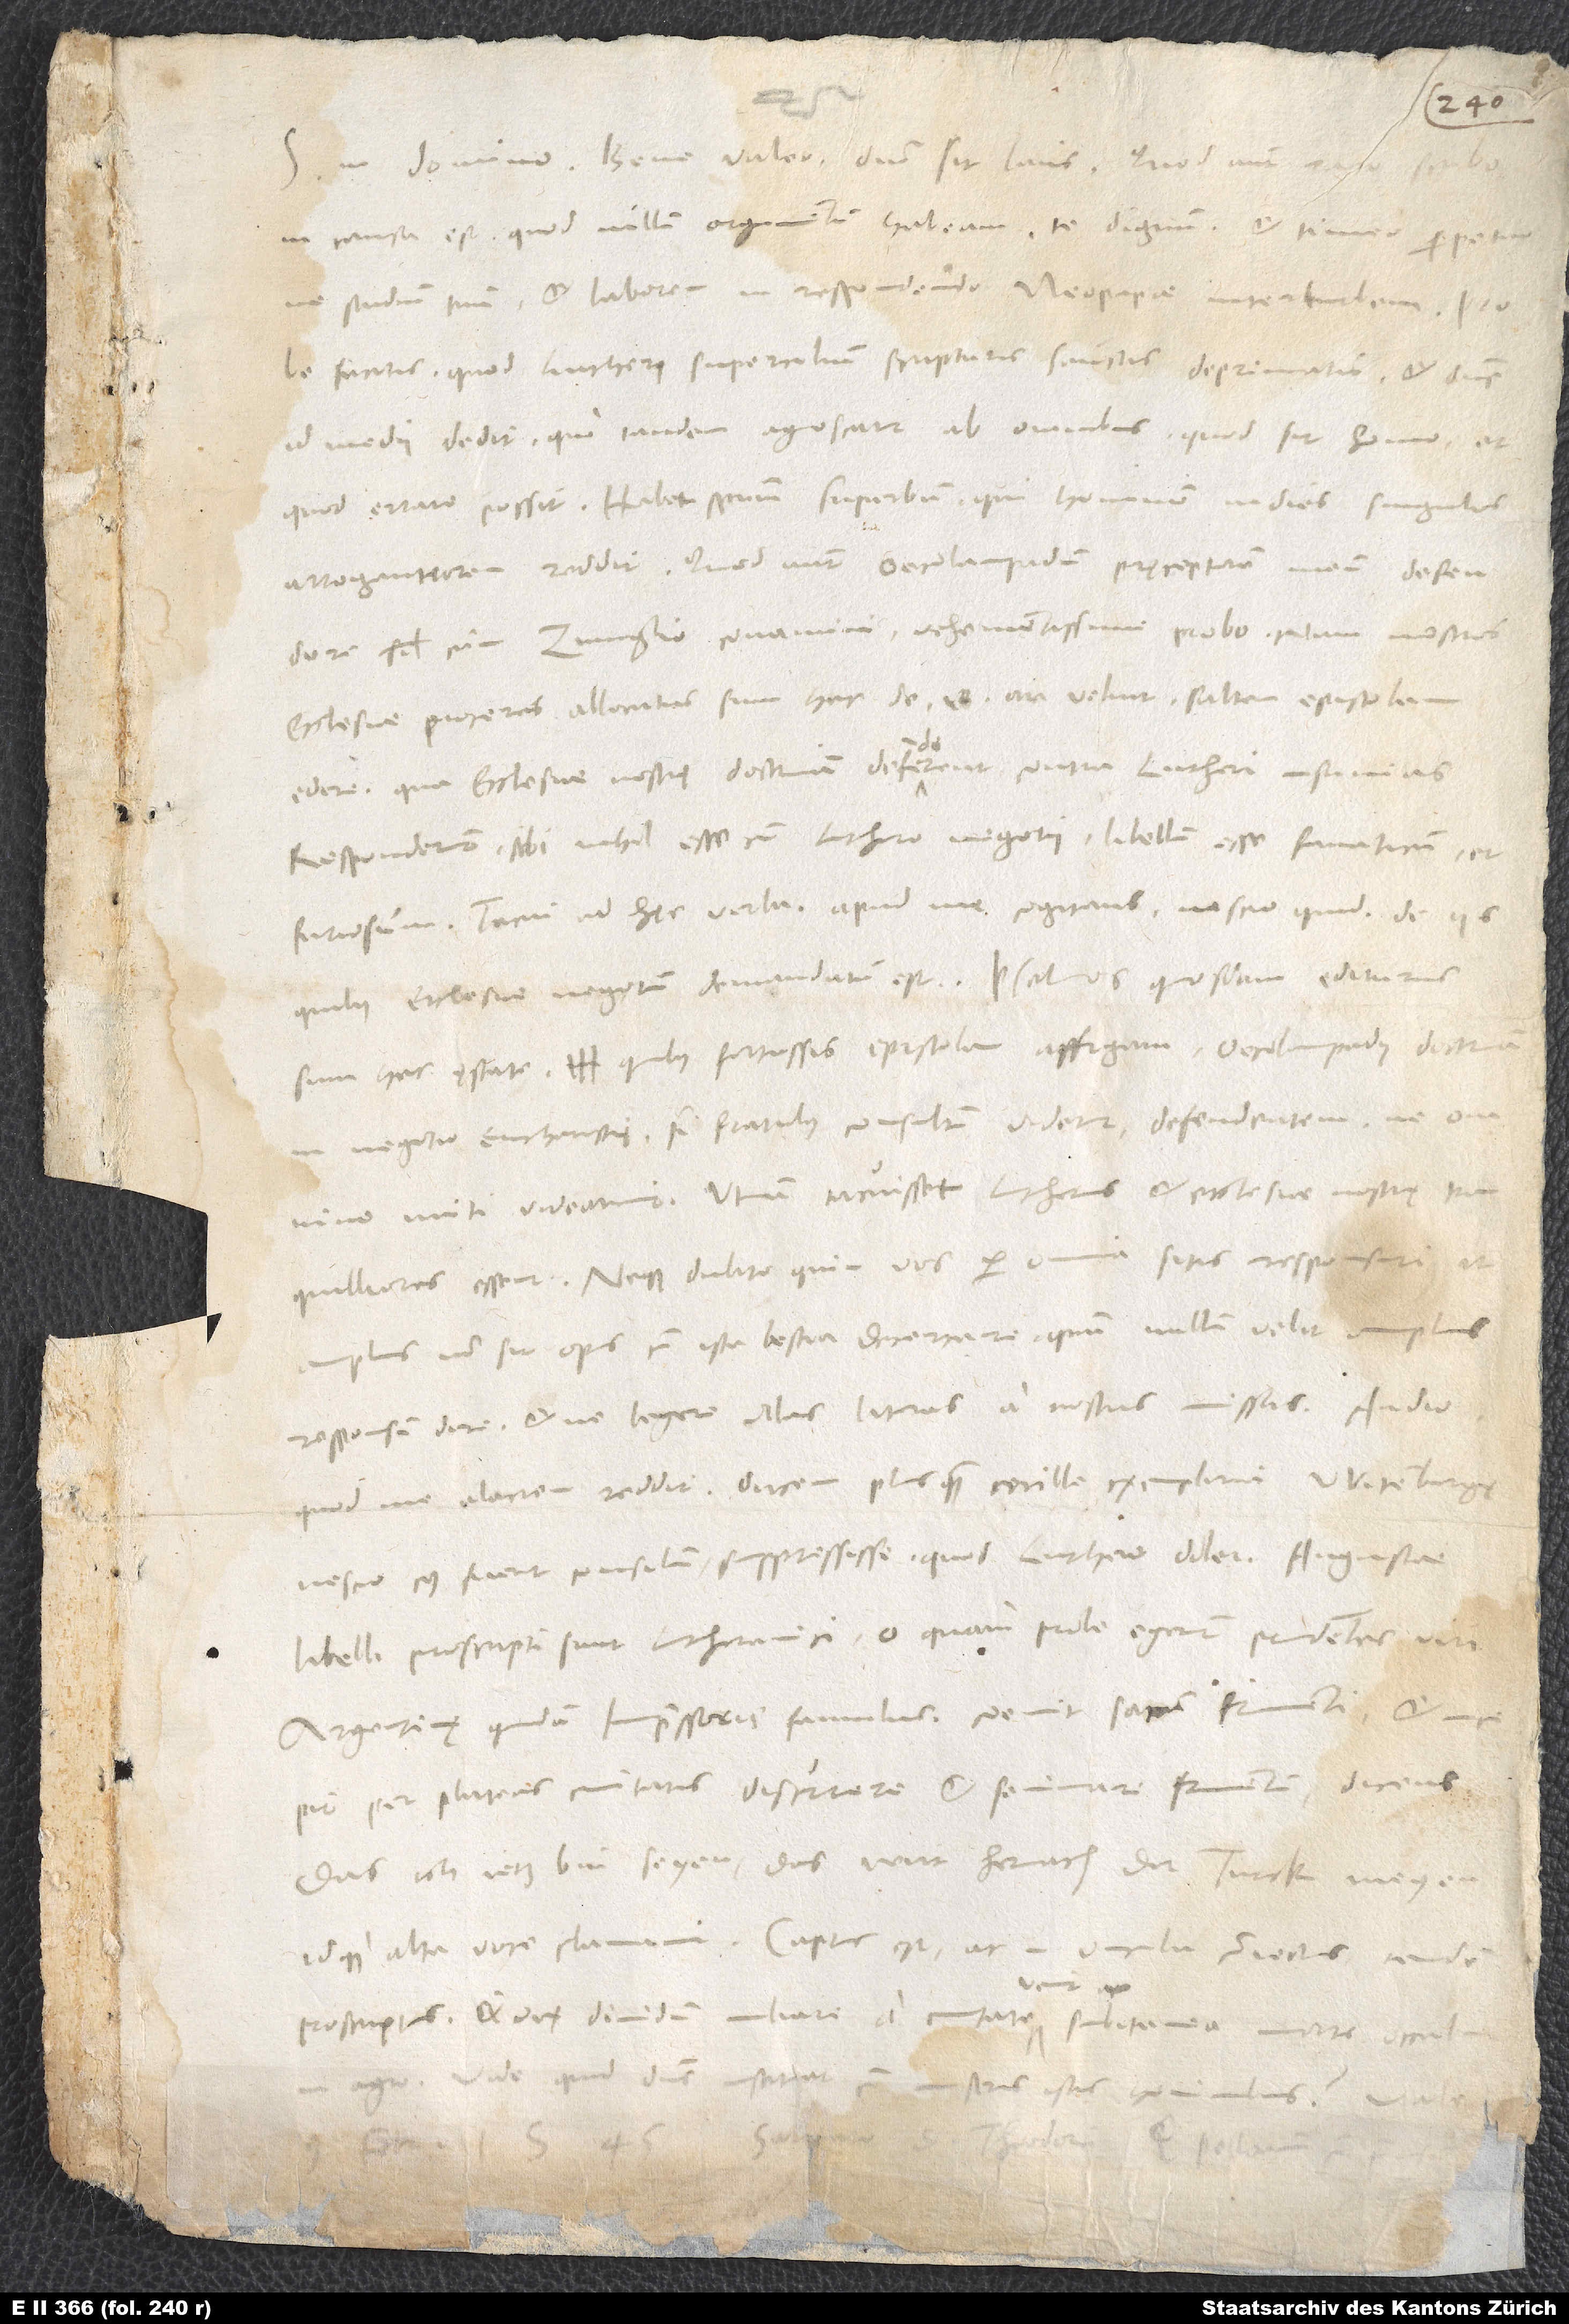
1545.
in causa est, quod nullum argumentum habeam te dignum, et timeo perpetuo,
studium tuum et laborem in respondendo Neopapae interturbem. Probe
facitis, quod Lutheri supercilium scripturis sanctis deprimatis. Et dominus
id medii dedit, quo tandem agnoscatur ab omnibus, quod sit homo et
quod errare possit. Habet spiritum superbum, qui hominem indies singulos
arrogantiorem reddit. Quod autem Oecolampadium, pręceptorem meum, defendere
simul cum Zvinglio conamini, vehementissime probo. Nam nostros
ecclesiae proceres allocutus sum hac de re, an velint saltem epistolam
edere, qua ecclesiae nostrę doctrinam defenderent contra Lutheri insanias.
Responderunt sibi nihil esse cum Luthero negotii, libellum esse fanaticum et
furiosum. Tacui ad hęc verba apud me cogitans nescio quid de iis,
sum hac ęstate, quibus fortassis epistolam affigam Oecolampadii doctrinam
negotio eucharistię, si fratribus consultum videtur, defendentem, ne omnino
tranquilliores essent! Neque dubito, quin vos per omnia sitis responsuri, ut
amplius non sit opus cum ista bestia decertare, quum nullum velit amplius
responsum dare et ne legere illas literas a nostris missas.
quod me alacrem reddit, ducem plusquam mille exemplaria Witembergę
nescio, cuius fuerit consilium - suppressisse, quod Luthero dolet.
libelli proscripti sunt Lutheranici; o quam probe egerunt prudentes viri!
Argentinę quidam impressoris famulus coemit saccum frumenti et incepit
per plateas civitatis discurrere et seminare frumentum dicens:
„Das ich jetz bin seyen, das wirt hernach der Turck meyen“,
proscriptus et vix dimidium miliare a civitate venit ac subitanea morte occubuit
agro. Vide, quid dominus instituat cum nostris istis hominibus!